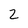
Character: 2